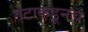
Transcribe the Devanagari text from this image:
गटाकडूनच